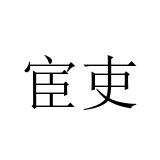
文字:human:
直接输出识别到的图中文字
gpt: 宦吏